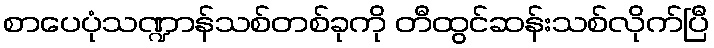
စာပေပုံသဏ္ဍာန်သစ်တစ်ခုကို တီထွင်ဆန်းသစ်လိုက်ပြီ